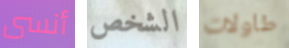
أنسى الشخص طاولات